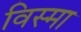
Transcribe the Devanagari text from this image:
विस्मा